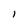
Character: I